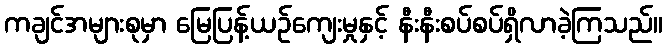
ကချင်အများစုမှာ မြေပြန့်ယဉ်ကျေးမှုနှင့် နီးနီးစပ်စပ်ရှိလာခဲ့ကြသည်။